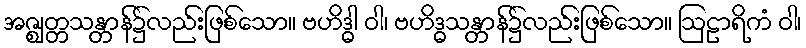
အဇ္ဈတ္တသန္တာန်၌လည်းဖြစ်သော။ ဗဟိဒ္ဓါ ဝါ၊ ဗဟိဒ္ဓသန္တာန်၌လည်းဖြစ်သော။ ဩဠာရိကံ ဝါ၊